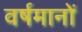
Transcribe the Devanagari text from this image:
वर्षमानों